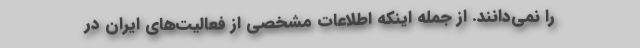
را نمی‌دانند. از جمله اینکه اطلاعات مشخصی از فعالیت‌های ایران در